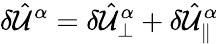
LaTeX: \delta\hat{\mathcal{U}}^{\alpha}=\delta\hat{\mathcal{U}}_{\perp}^{\alpha}+\delta\hat{\mathcal{U}}_{\parallel}^{\alpha}